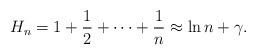
LaTeX: \begin{align*}H_{n}=1+\frac{1}{2}+\cdots+\frac{1}{n}\approx\ln n+\gamma.\end{align*}